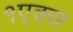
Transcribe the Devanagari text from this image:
१एक्स